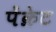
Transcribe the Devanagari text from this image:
पेंक्रेट